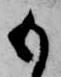
も